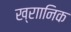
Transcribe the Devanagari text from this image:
ख्राानिक